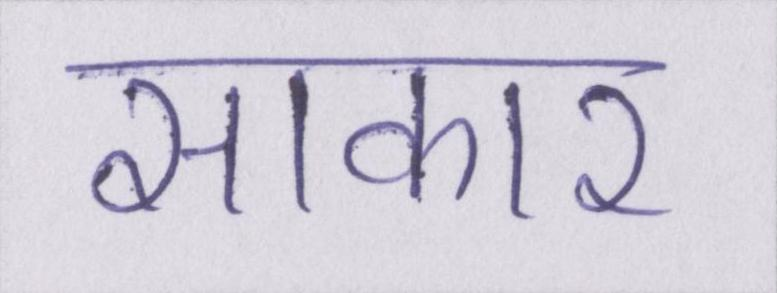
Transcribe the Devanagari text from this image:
साकार